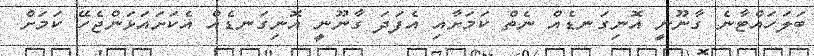
ބަލަހައްޓާނެ ގާނޫނީ އޮނިގަނޑެއް ނެތް ކަމަށާއި އެފަދަ ގާނޫނީ އޮނިގަނޑެއް އެކަށައަޅަންޖެހޭ ކަމަށް